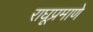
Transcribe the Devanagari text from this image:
राघूप्रमाणे